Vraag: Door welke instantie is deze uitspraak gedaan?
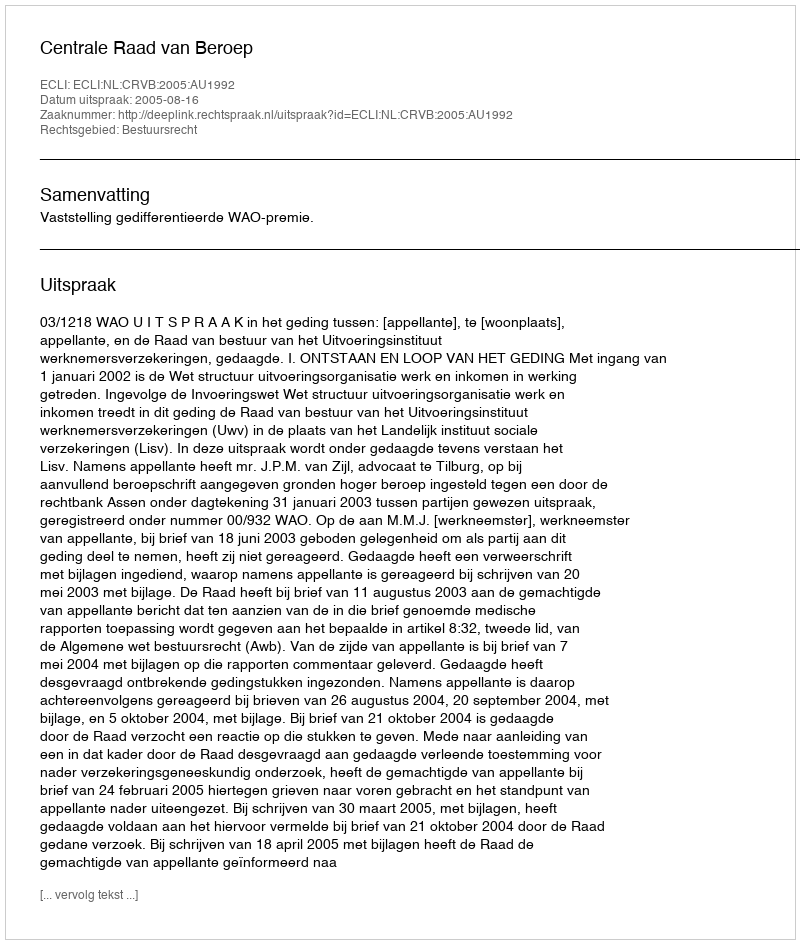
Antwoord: Centrale Raad van Beroep